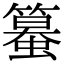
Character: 𥴵